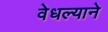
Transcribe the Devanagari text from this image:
वेधल्याने